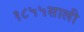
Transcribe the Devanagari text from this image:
१८५५साली